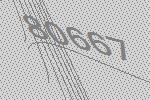
80667